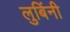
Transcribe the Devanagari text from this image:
लुबिंनी